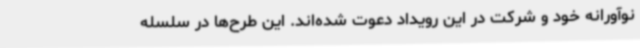
نوآورانه خود و شرکت در این رویداد دعوت شده‌اند. این طرح‌ها در سلسله